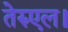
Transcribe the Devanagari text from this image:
तेरुएल।